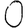
Digit: 0